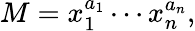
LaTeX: M=x_{1}^{a_{1}}\cdots x_{n}^{a_{n}},